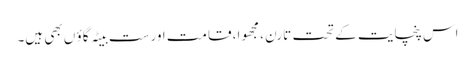
اس پنچایت کے تحت تارن ، مجھوا، قامت اورست بیٹہ گاؤ ں بھی ہیں۔